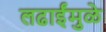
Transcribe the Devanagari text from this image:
लढाईंमुळे